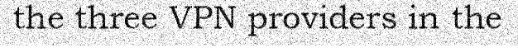
the three VPN providers in the